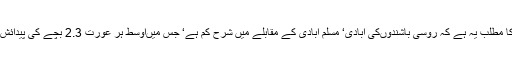
اس کا مطلب یہ ہے کہ روسی باشندوںکی آبادی‘ مسلم آبادی کے مقابلے میں شرح کم ہے‘ جس میںاوسط ہر عورت 2.3 بچے کی پیدائش ہے۔